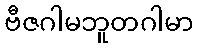
ဗီဇဂါမဘူတဂါမာ